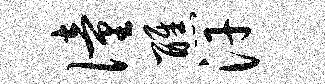
僮醮汗